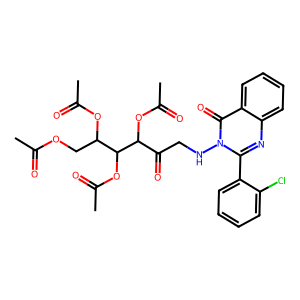
SMILES: CC(=O)OCC(OC(C)=O)C(OC(C)=O)C(OC(C)=O)C(=O)CNn1c(-c2ccccc2Cl)nc2ccccc2c1=O
Inhibits HIV replication: No